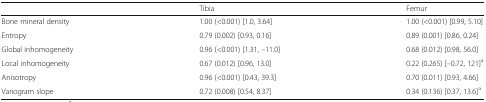
<table><thead><tr><td></td><td><b>Tibia</b></td><td><b>Femur</b></td></tr></thead><tbody><tr><td>Bone mineral density</td><td>1.00 (&lt;0.001) [1.0, 3.64]</td><td>1.00 (&lt;0.001) [0.99, 5.10]</td></tr><tr><td>Entropy</td><td>0.79 (0.002) [0.93, 0.16]</td><td>0.89 (0.001) [0.86, 0.24]</td></tr><tr><td>Global inhomogeneity</td><td>0.96 (&lt;0.001) [1.31, –11.0]</td><td>0.68 (0.012) [0.98, 56.0]</td></tr><tr><td>Local inhomogeneity</td><td>0.67 (0.012) [0.96, 13.0]</td><td>0.22 (0.265) [–0.72, 121]<sup>a</sup></td></tr><tr><td>Anisotropy</td><td>0.96 (&lt;0.001) [0.43, 39.3]</td><td>0.70 (0.011) [0.93, 4.66]</td></tr><tr><td>Variogram slope</td><td>0.72 (0.008) [0.54, 8.37]</td><td>0.34 (0.136) [0.37, 13.6]<sup>a</sup></td></tr></tbody></table>